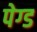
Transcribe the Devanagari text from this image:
पेग्ड